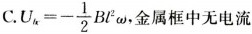
C. U_{bc}=- \frac{1}{2}Bl^{2}\omega ，金属框中无电流